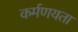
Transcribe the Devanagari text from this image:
कर्मणयता